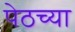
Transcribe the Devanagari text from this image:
पेठच्या